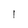
Character: l